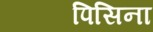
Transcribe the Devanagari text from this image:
पिसिना